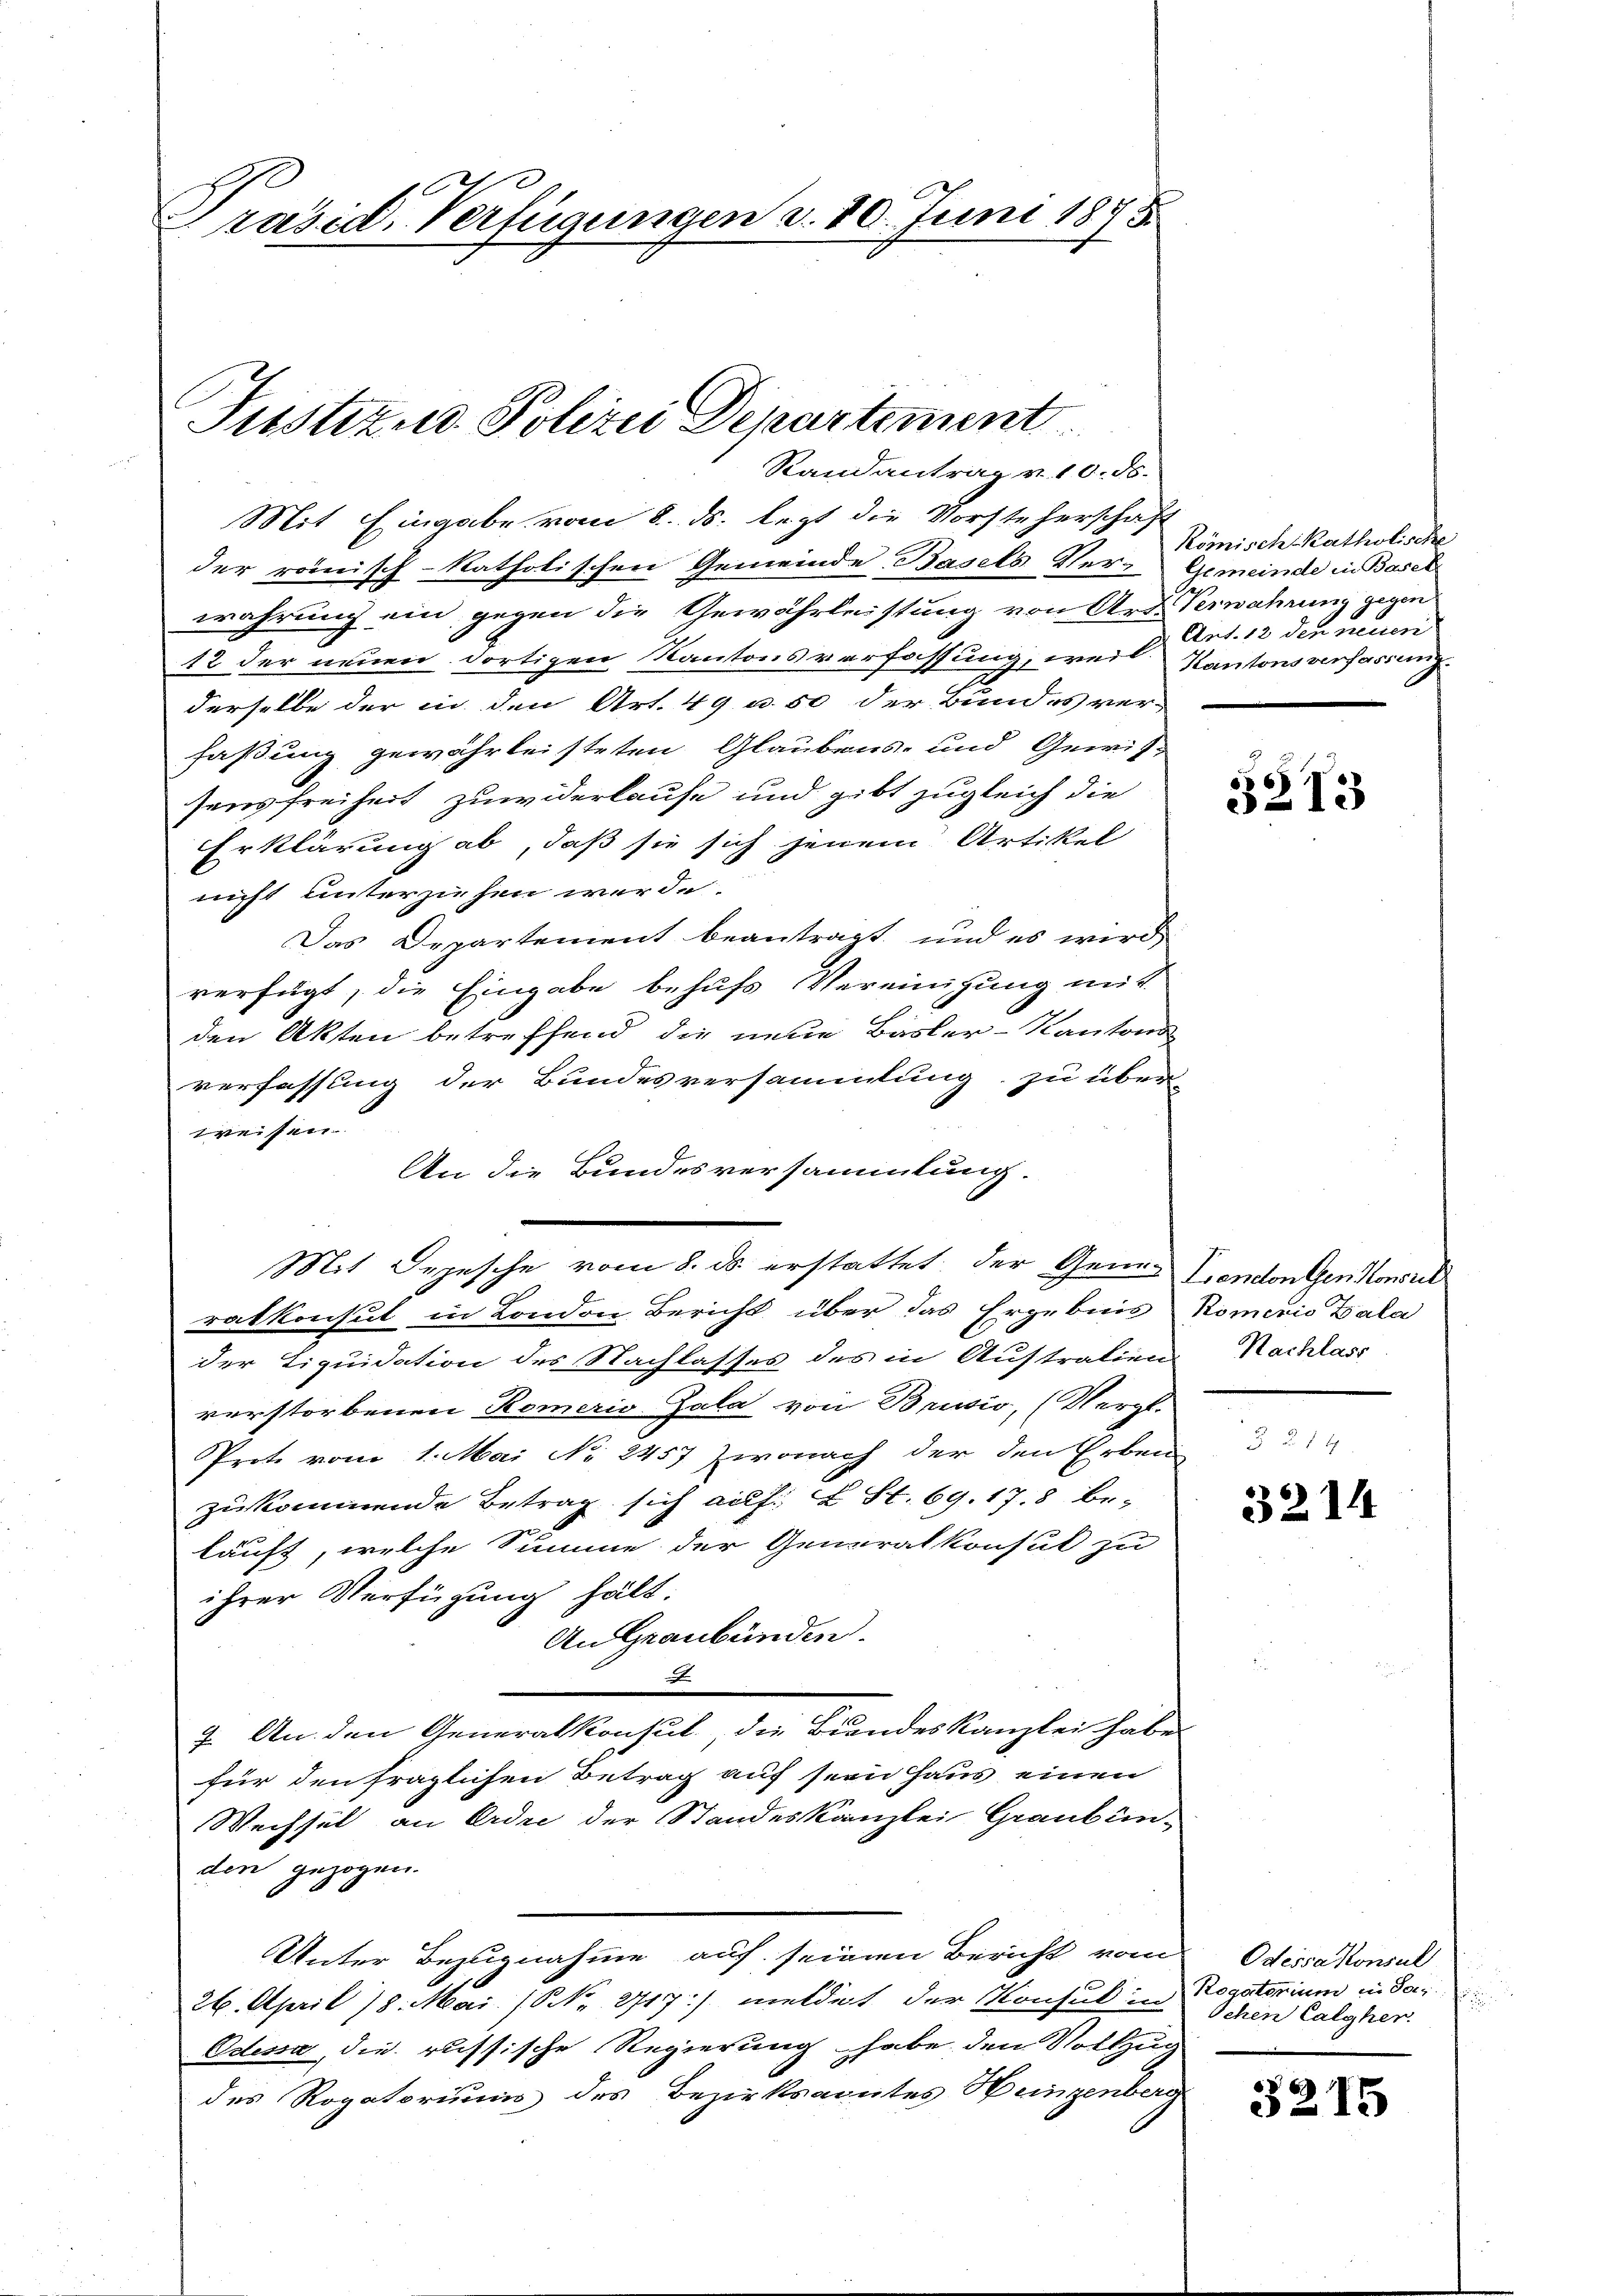
räsid. Verfügungen d. 10. Juni 1875.

Justizud Polizei Departement
Randantrag v. 10. ds.

Mit Eingabe vom 8. ds. lezt die Vorsteherschaft
der römisch-katholischen Gemeinde Basels Ver-Gemeinde in Basel
wahrung ein gegen die Gewährleistung von Art. Verwahrung gegen
12 der neuen dortigen Kantonsverfassung, weil Kantonsverfassung
derselbe der in den Art. 49 u. 50 der Bundes ver-
faßung gewährleisteten Glaubens- und Gewis-
sensfreiheit zuwiderlaufe und gibt zugleich die
Erklärung ab, daß sie sich jenem Artikel
nicht unterziehen werde.
Das Departement beantragt, und es wird
verfügt, die Eingabe behufs Vereinigung mit
den Akten betreffend die neue Basler-Kantons-
verfassung der Bundesversammlung, zu über
weissen.
An die Bundesversammlung.
Mit Depesche vom 8. ds erstattet der Gene-
ratkonsul in London Bericht über das Ergebnis
der Liquidation des Nachlasses des in Austration Nachlass
verstorbenen Romerio Gala von Brusio, (Vergl.
Prote vom 1. Mai No 2457 wonach der den Erben
zukommende Betrag sich auf. X S. 69. 17. 8 be-
läuft, welche Summe der Generalkonsut zu
ihrer Verfügung hält.
An Graubünden.
E
7. An den Generalkonsul, die Bundeskanzlei habe
für den fraglichen Betrag auf sein Haus einen
Wechsel an Ordre der Standeskanzlei Grauben-
den gezogen.
Unter Bezugnahme auf seinen Bericht vom Odessakonsul
26. April 18. Mai (NNo. 2717.) meldet der Konsul in Rogatorium in dari
Odessa, die russische Regierung habe den Vollzug
des Rogatoriums des Bezirksaoutes Heinzenberg

Komisch-katholische
Ant. 13 den neuen

5213

Fendenten Konsul
Komenio Bala

3214

f
Schen Calgher

3215